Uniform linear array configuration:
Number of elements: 12
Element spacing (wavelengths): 0.5
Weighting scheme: hann
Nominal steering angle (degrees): -45
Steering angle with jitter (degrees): -45.613
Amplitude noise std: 0.05
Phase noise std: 0.05

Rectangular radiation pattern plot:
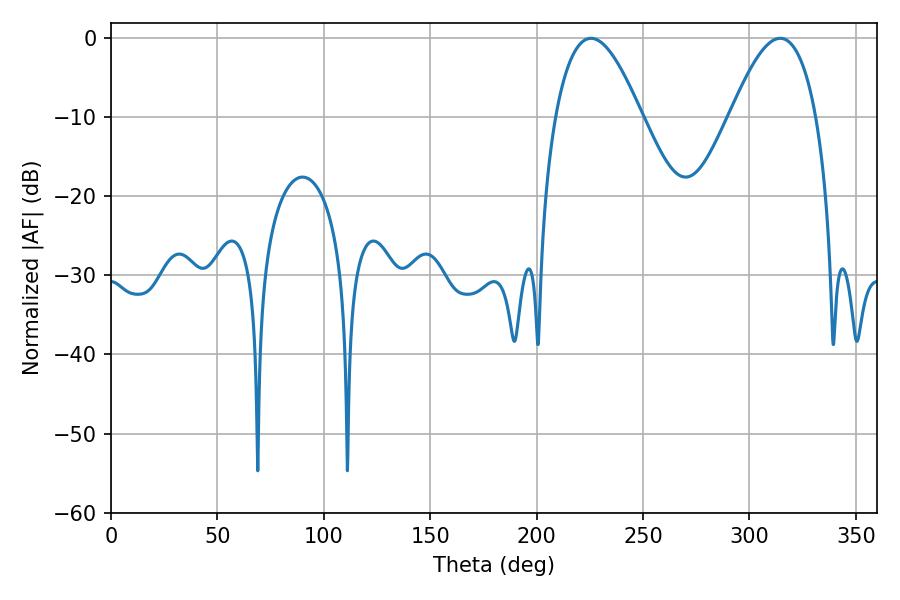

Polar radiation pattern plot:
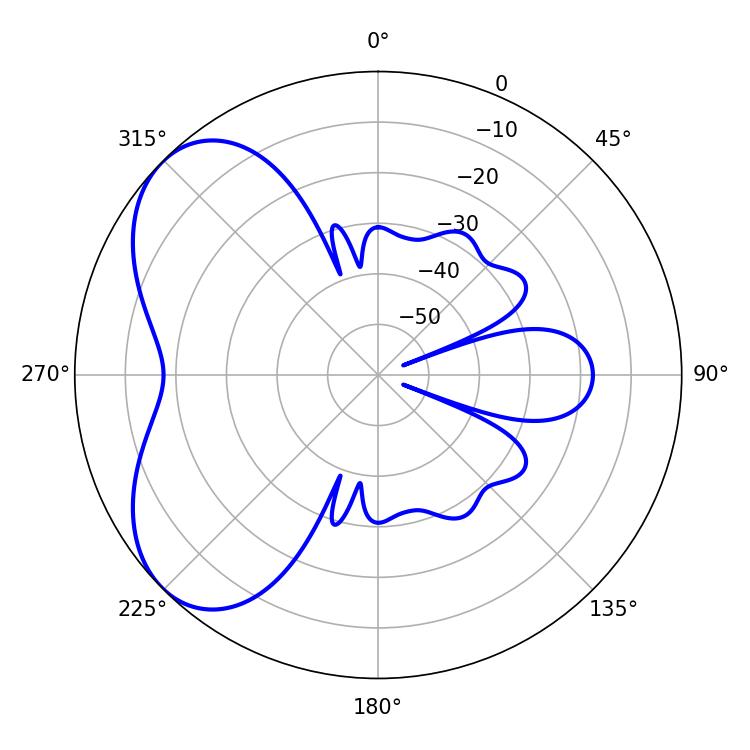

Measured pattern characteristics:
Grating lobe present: FALSE
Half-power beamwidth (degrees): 21.96
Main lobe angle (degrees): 225.54